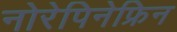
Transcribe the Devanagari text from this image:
नोरेपिनेफ्रिन